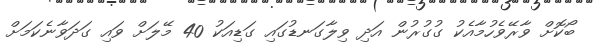
ބޯކޮށް ވާރޭވެހުމާއެކު ގުގުރުން އަދި ވިލާގަނޑުގައި ގަޑިއަކު 40 މޭލަށް ވައި ގަދަވާނެކަމަށް